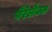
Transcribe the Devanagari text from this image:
पैरेलैक्स